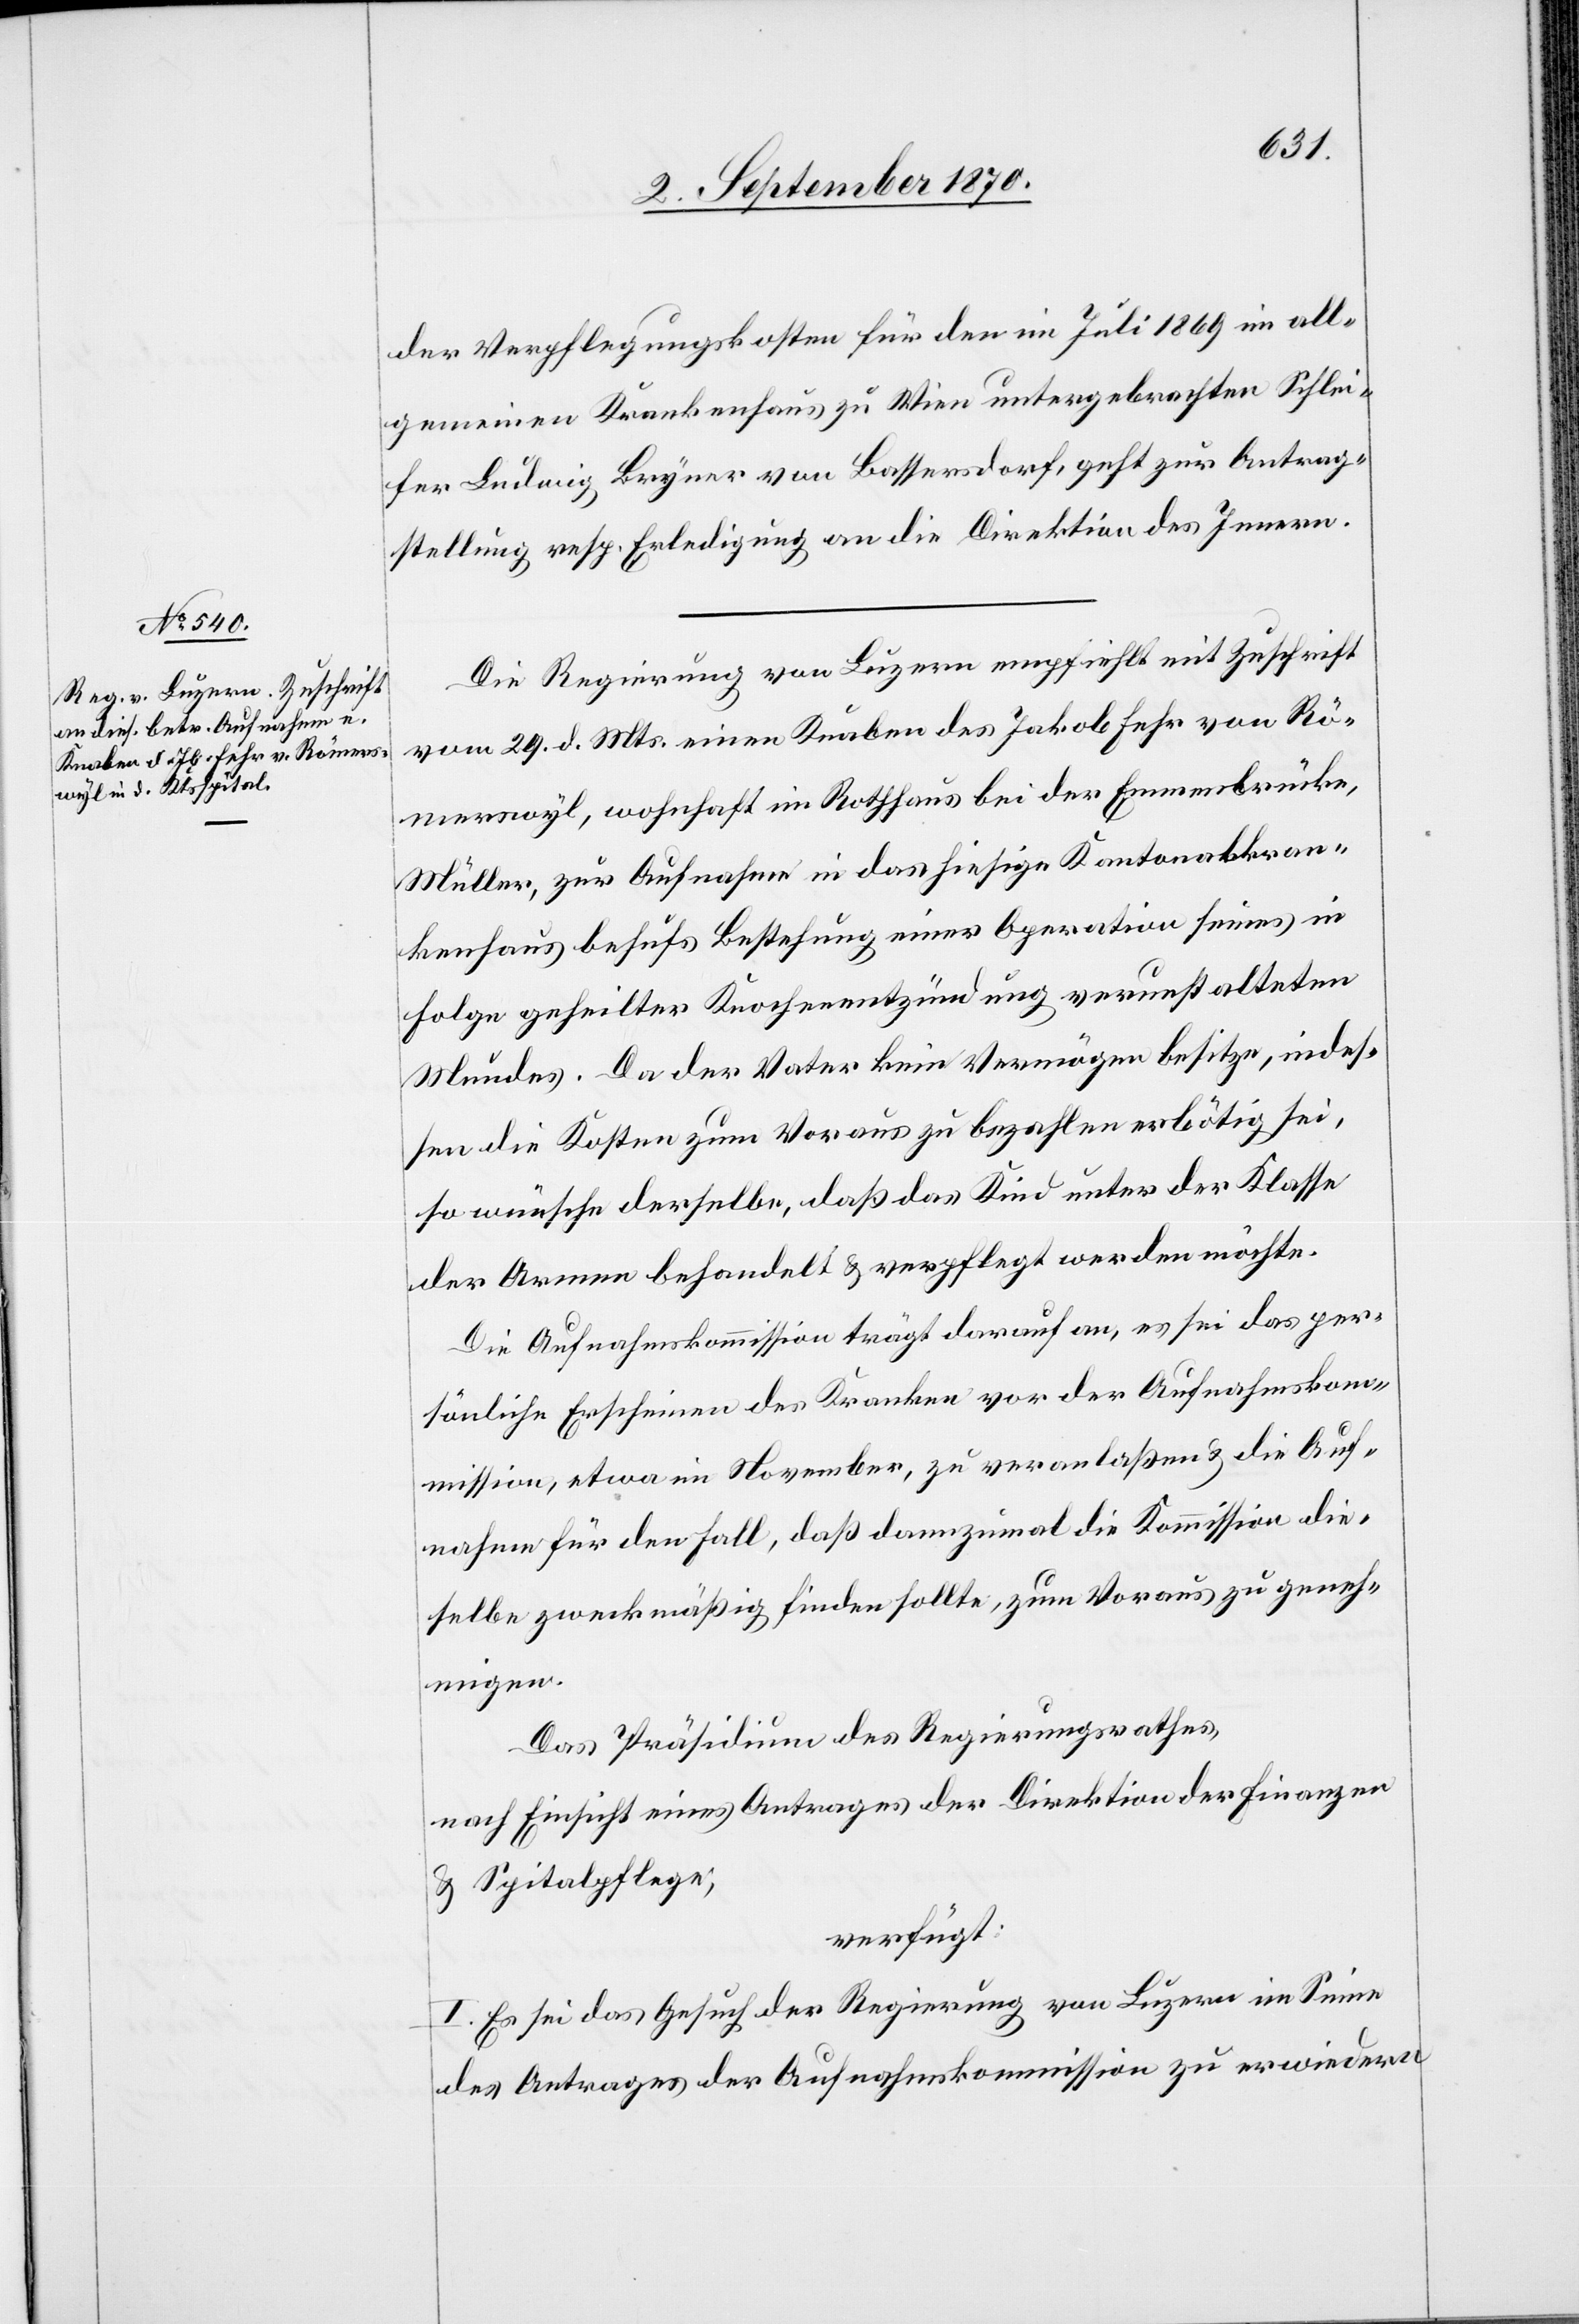
3. September 1870.]
der Verpflegungskosten für den im Juli 1869 im all¬
gemeinen Krankenhaus zu Wien untergebrachten Schlei¬
fer Ludwig Bryner von Bassersdorf, geht zur Antrag¬
stellung resp. Erledigung an die Direktion des Innern.
Die Regierung von Luzern empfiehlt mit Zuschrift
vom 29. d. Mts. einen Knaben des Jakob Fehr von Rö¬
merswyl, wohnhaft im Rothhaus bei der Emmenbrücke,
Müller, zur Aufnahme in das hiesige Kantonalkran¬
kenhaus behufs Bestellung einer Operation seines in
Folge geheilter Knochenentzündung verunstalteten
Mundes. Da der Vater kein Vermögen besitze, indes¬
sen die Kosten zum Voraus zu bezahlen erbötig sei,
so wünsche derselbe, daß das Kind unter der Klasse
der Armen behandelt & verpflegt werden möchte.
Die Aufnahmskommission trägt darauf an, es sei das per¬
sönliche Erscheinen des Kranken vor der Aufnahmskom¬
mission, etwa im November, zu veranlaßen & die Auf¬
nahme für den Fall, daß dannzumal die Kommission die¬
selbe zweckmäßig finden sollte, zum Voraus zu geneh¬
migen.
Das Präsidium des Regierungsrathes,
nach Einsicht eines Antrages der Direktion der Finanzen
& Spitalpflege,
verfügt:
I. Es sei das Gesuch der Regierung von Luzern im Sinne
des Antrages der Aufnahmskommission zu erwiedern